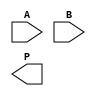
module radix4_wallace_multiplier #(
    parameter WIDTH = 8 // Number of bits for the multiplicand and multiplier
)(
    input [WIDTH-1:0] A, // Multiplicand
    input [WIDTH-1:0] B, // Multiplier
    output reg [2*WIDTH-1:0] P // Product
);

    // Intermediate signals for partial products
    reg [2*WIDTH-1:0] pp [0:(WIDTH/2)-1]; // Partial products
    wire [2*WIDTH-1:0] sum [0:(WIDTH/2)-1]; // Sums from Wallace tree
    wire [2*WIDTH-1:0] carry [0:(WIDTH/2)-1]; // Carries from Wallace tree

    integer i;

    // Partial Product Generation
    always @(*) begin
        for (i = 0; i < WIDTH/2; i = i + 1) begin
            case (B[2*i +: 2])
                2'b00: pp[i] = 0;                         // No partial product
                2'b01: pp[i] = {A, 2*i};                 // A
                2'b10: pp[i] = {A, 2*i + 1};             // A << 1
                2'b11: pp[i] = {A, 2*i + 1} + {A, 2*i};  // A + (A << 1)
                default: pp[i] = 0;                       // Default case
            endcase
        end
    end

    // Wallace Tree Reduction
    generate
        genvar j;
        for (j = 0; j < WIDTH/2; j = j + 1) begin : reduction_stage
            wire [2*WIDTH-1:0] tmp_sum;
            wire [2*WIDTH-1:0] tmp_carry;

            // The number of bits being summed can vary, we assume max 3 bits: 
            assign tmp_sum = pp[j][WIDTH-1:0] + pp[j][2*WIDTH-1:WIDTH] + pp[j+1][WIDTH-1:0];
            assign tmp_carry = (pp[j][2*WIDTH-1:WIDTH] & pp[j+1][WIDTH-1:0]) | (pp[j][WIDTH-1:0] & pp[j+1][2*WIDTH-1:WIDTH]);

            assign sum[j] = tmp_sum;
            assign carry[j] = tmp_carry;
        end
    endgenerate

    // Final Addition of sums and carries
    always @(*) begin
        P = 0; // Initialize product
        for (i = 0; i < WIDTH/2; i = i + 1) begin
            P = P + sum[i] + carry[i];
        end
    end

endmodule